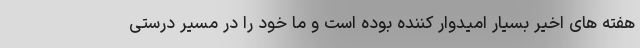
هفته های اخیر بسیار امیدوار کننده بوده است و ما خود را در مسیر درستی